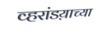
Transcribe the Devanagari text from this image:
व्हरांडय़ाच्या